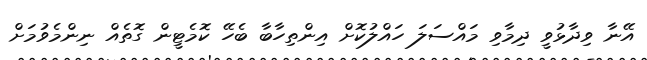
އޭނާ ވިދާޅުވީ ދިމާވި މައްސަލަ ހައްލުކޮށް އިންތިހާބާ ބެހޭ ކޮމެޓީން ގޮތެއް ނިންމެވުމަށް